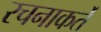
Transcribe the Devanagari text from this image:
रचनाकर्ते